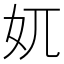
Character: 𡚲